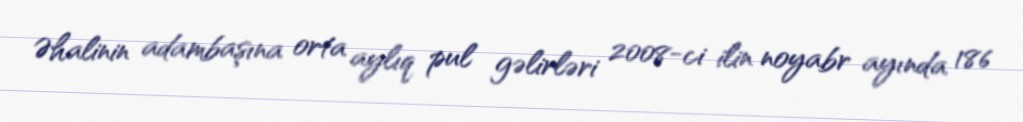
Əhalinin adambaşına orta aylıq pul gəlirləri 2008-ci ilin noyabr ayında 186